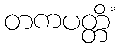
တကပတ္တိံ